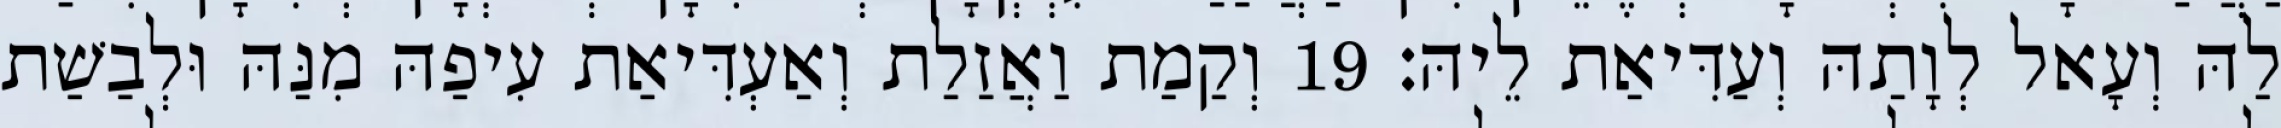
לַהּ וְעָאל לְוָתַהּ וְעַדִּיאַת לֵיהּ׃ 19 וְקַמַת וַאֲזַלַת וְאַעְדִּיאַת עִיפַהּ מִנַּהּ וּלְבַשַׁת